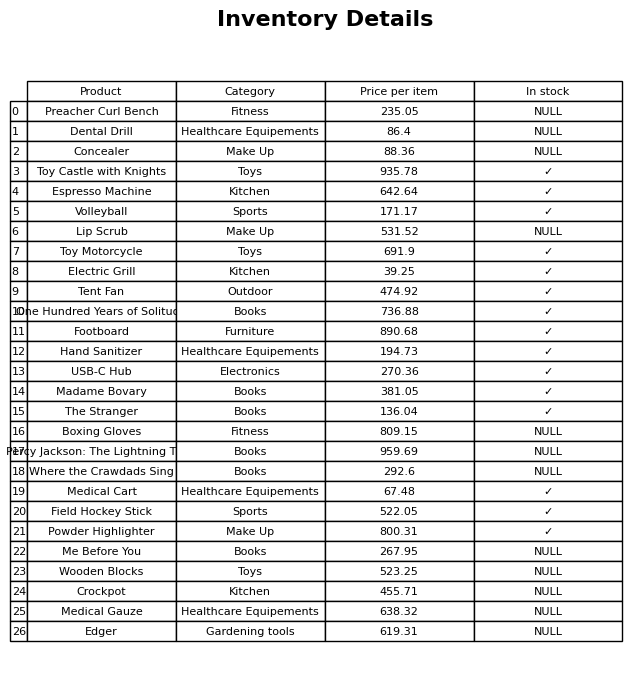
question: What category does the Lip Scrub belong to?
answer: Make Up